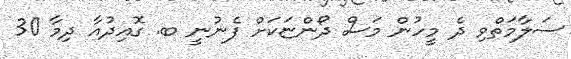
ސަލާމަތްވި ދެ މީހުން މަސް ދޯންޏަކަށް ފެނުނީ ބ. ގޮއިދުއާ ދިމާ 30